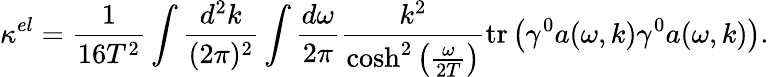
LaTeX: \kappa^{el}=\frac{1}{16T^{2}}\int\frac{d^{2}k}{(2\pi)^{2}}\int\frac{d\omega}{2\pi}\frac{k^{2}}{\cosh^{2}\left(\frac{\omega}{2T}\right)}\mathrm{tr}\left(\gamma^{0}a(\omega,k)\gamma^{0}a(\omega,k)\right).